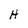
Character: H